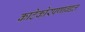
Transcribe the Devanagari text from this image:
काटेकोरपणाबद्दल